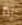
إذا